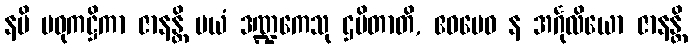
နပိ မဓုကဋ္ဌိကာ ဇာနန္တိ မယံ ဒဏ္ဍကေသု ဌပိတာတိ, ဧဝမေဝ န အင်္ဂုလိယော ဇာနန္တိ